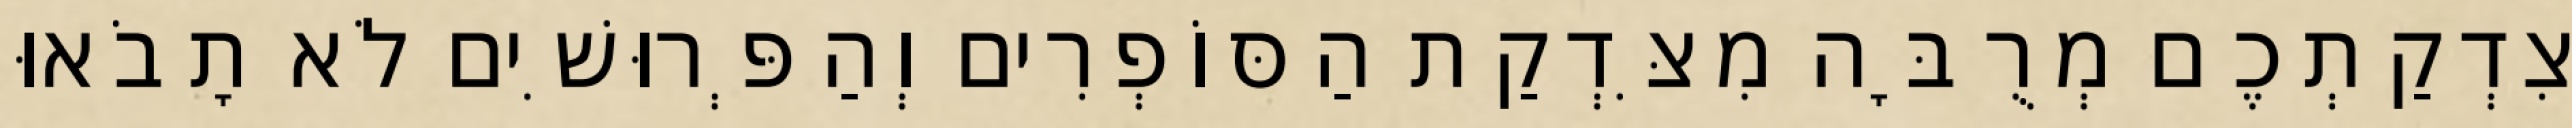
צִדְקַתְכֶם מְרֻבָּה מִצִּדְקַת הַסּוֹפְרִים וְהַפְּרוּשִׁים לֹא תָבֹאוּ